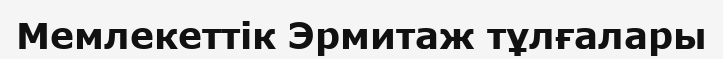
Мемлекеттік Эрмитаж тұлғалары